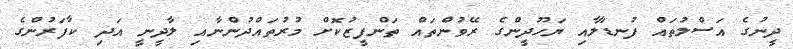
ދީނުގެ އަސްލުތައް ފުނޑާލާއި ޔަހޫދީންގެ ރޭވުންތައް ތަންފީޒުކޮށް މުރުތައްދުންނާއި ލާދީނީ އަދި ކާފަރުންގެ